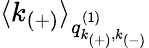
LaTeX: \langle k_{(+)}\rangle_{q_{k_{(+)},k_{(-)}}^{(1)}}